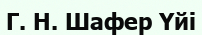
Г. Н. Шафер Үйі